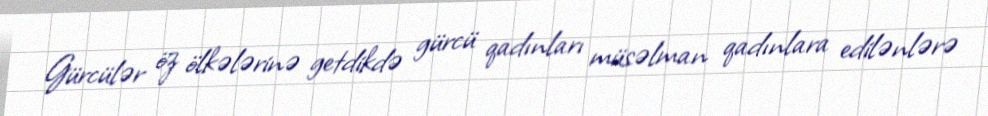
Gürcülər öz ölkələrinə getdikdə gürcü qadınları müsəlman qadınlara edilənlərə